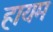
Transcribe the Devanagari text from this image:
हायम